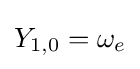
Y_{1,0}=\omega _{e}